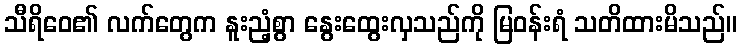
သီရိဝေ၏ လက်တွေက နူးညံ့စွာ နွေးထွေးလှသည်ကို မြဝန်းရံ သတိထားမိသည်။